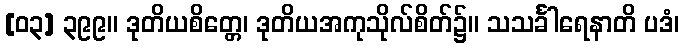
[၀၃] ၃၉၉။ ဒုတိယစိတ္တေ၊ ဒုတိယအကုသိုလ်စိတ်၌။ သသင်္ခါရေနာတိ ပဒံ၊